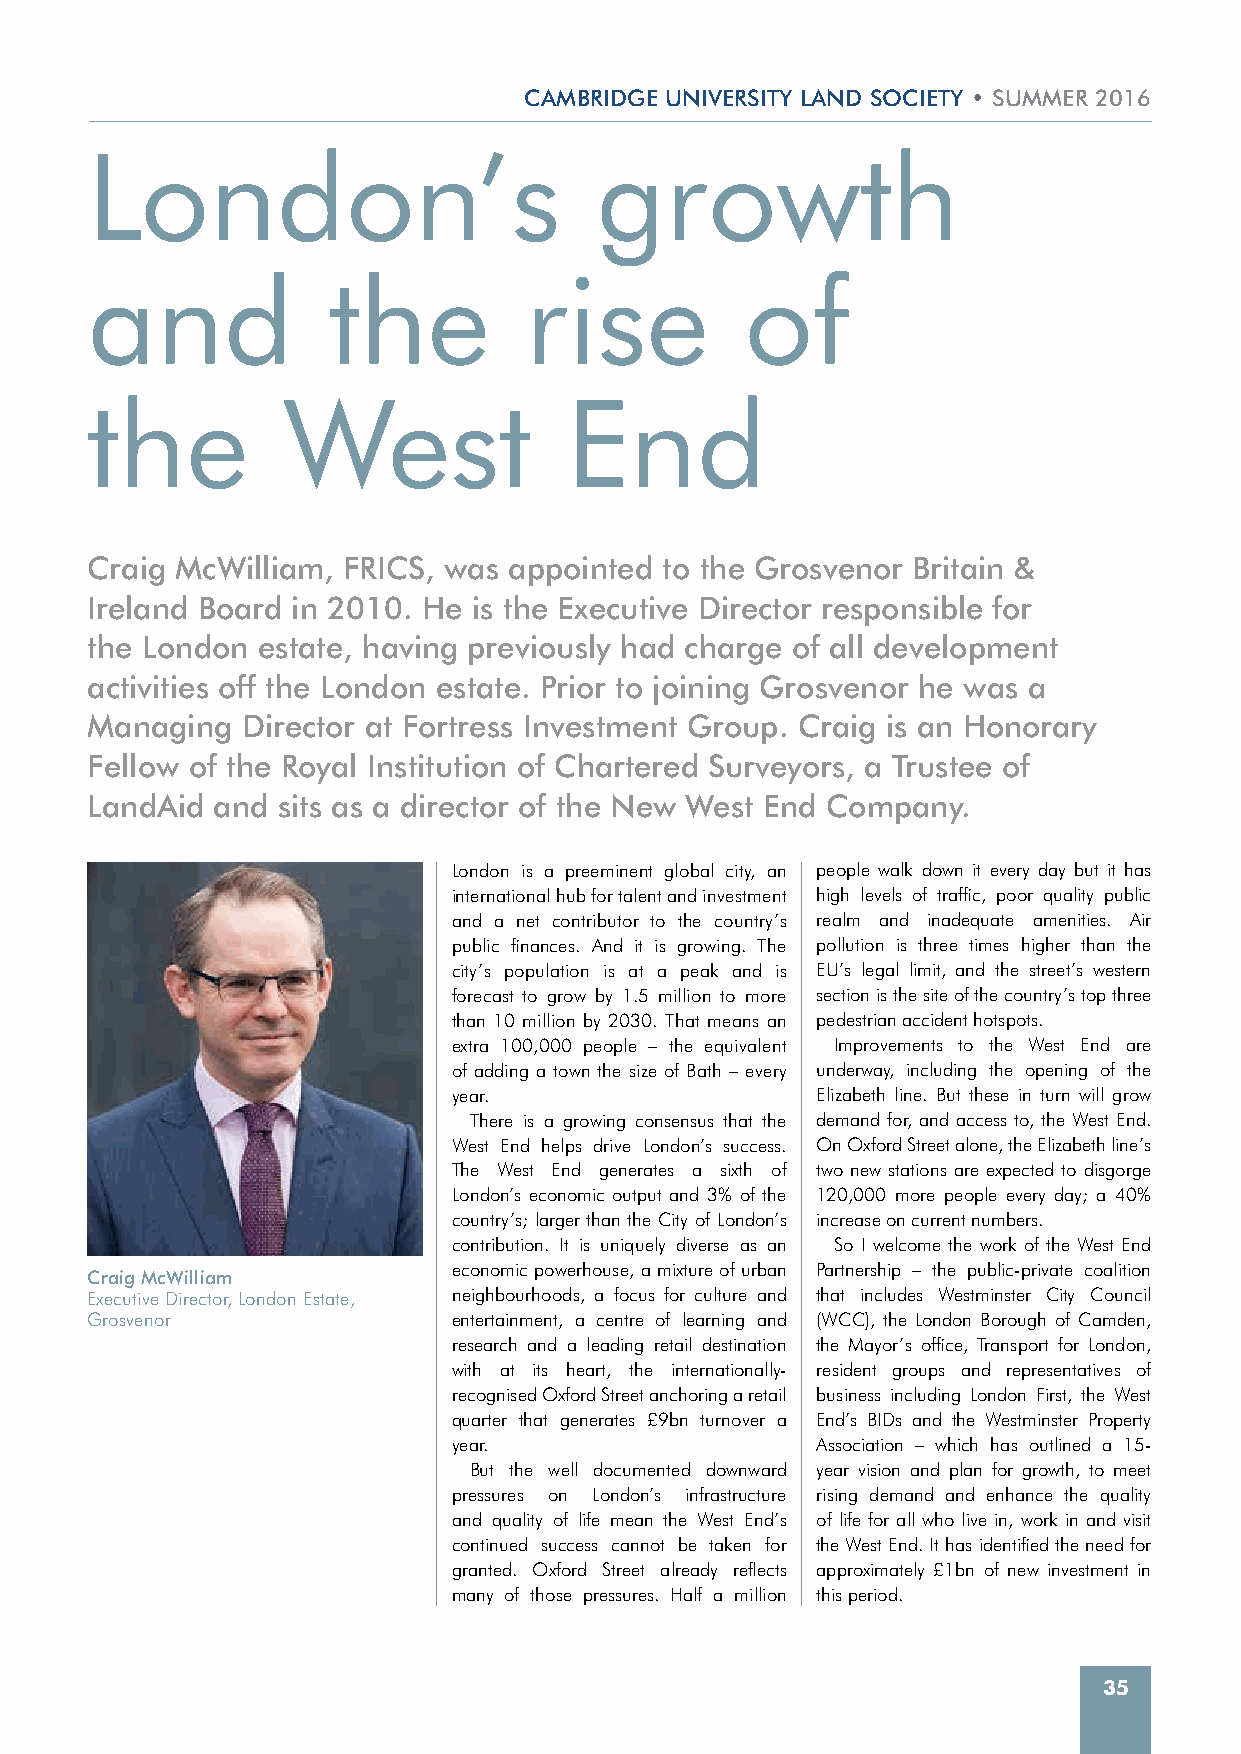
CAMBRIDGE UNIVERSITy LAND SOCIETy • SUMMER 2016
 London’s                         growth
 and             the          rise          of
 the          West              End
 Craig McWilliam, FRICS, was appointed to the Grosvenor Britain &
 Ireland Board in 2010. He is the Executive Director responsible for
 the London estate, having previously had charge of all development
 activities off the London estate. Prior to joining Grosvenor he was a
 Managing  Director at Fortress Investment Group. Craig is an Honorary
 Fellow of the Royal Institution of Chartered Surveyors, a Trustee of
 LandAid and sits as a director of the New West End Company.
 London is a preeminent global city, an people walk down it every day but it has
 international hub for talent and investment high levels of traffic, poor quality public
 and a net contributor to the country’s realm and inadequate amenities. Air
 public finances. And it is growing. The pollution is three times higher than the
 city’s population is at a peak and is EU’s legal limit, and the street’s western
 forecast to grow by 1.5 million to more section is the site of the country’s top three
 than 10 million by 2030. That means an pedestrian accident hotspots.
 extra 100,000 people – the equivalent Improvements to the West End are
 of adding a town the size of Bath – every underway, including the opening of the
 year.                   Elizabeth line. But these in turn will grow
 There is a growing consensus that the demand for, and access to, the West End.
 West End helps drive London’s success. On Oxford Street alone, the Elizabeth line’s
 The West End generates a sixth of two new stations are expected to disgorge
 London’s economic output and 3% of the 120,000 more people every day; a 40%
 country’s; larger than the City of London’s increase on current numbers.
 contribution. It is uniquely diverse as an So I welcome the work of the West End
 economic powerhouse, a mixture of urban Partnership – the public-private coalition
 Craig McWilliam
 Executive Director, London Estate, neighbourhoods, a focus for culture and that includes Westminster City Council
 Grosvenor               entertainment, a centre of learning and (WCC), the London Borough of Camden,
 research and a leading retail destination the Mayor’s office, Transport for London,
 with at its heart, the internationally- resident groups and representatives of
 recognised Oxford Street anchoring a retail business including London First, the West
 quarter that generates £9bn turnover a End’s BIDs and the Westminster Property
 year.                   Association – which has outlined a 15-
 But the well documented downward year vision and plan for growth, to meet
 pressures on London’s infrastructure rising demand and enhance the quality
 and quality of life mean the West End’s of life for all who live in, work in and visit
 continued success cannot be taken for the West End. It has identified the need for
 granted. Oxford Street already reflects approximately £1bn of new investment in
 many of those pressures. Half a million this period.
 35